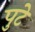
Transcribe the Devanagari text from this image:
पुटे